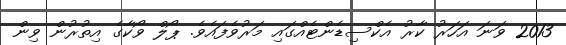
2013 ވަނަ އަހަރު ކާރު އެކްސިޑެންޓެއްގައި މަރުވެފައެވެ. ޕޯލް ވޯކާގެ އިތުރުން ވިން